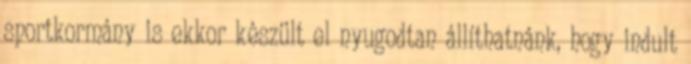
sportkormány is ekkor készült el nyugodtan állíthatnánk, hogy indult